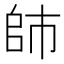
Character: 𰏙